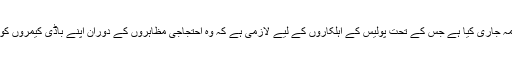
سی ایٹل کے میئر نے ایک حکم نامہ جاری کیا ہے جس کے تحت پولیس کے اہلکاروں کے لیے لازمی ہے کہ وہ احتجاجی مظاہروں کے دوران اپنے باڈی کیمروں کو ویڈیو بنانے کی حالت میں رکھیں۔